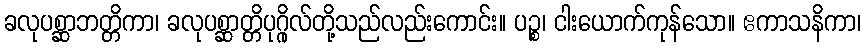
ခလုပစ္ဆာဘတ္တိကာ၊ ခလုပစ္ဆာတ္တိပုဂ္ဂိုလ်တို့သည်လည်းကောင်း။ ပဉ္စ၊ ငါးယောက်ကုန်သော။ ဧကာသနိကာ၊